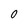
Character: O